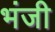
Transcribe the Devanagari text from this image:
भंजी